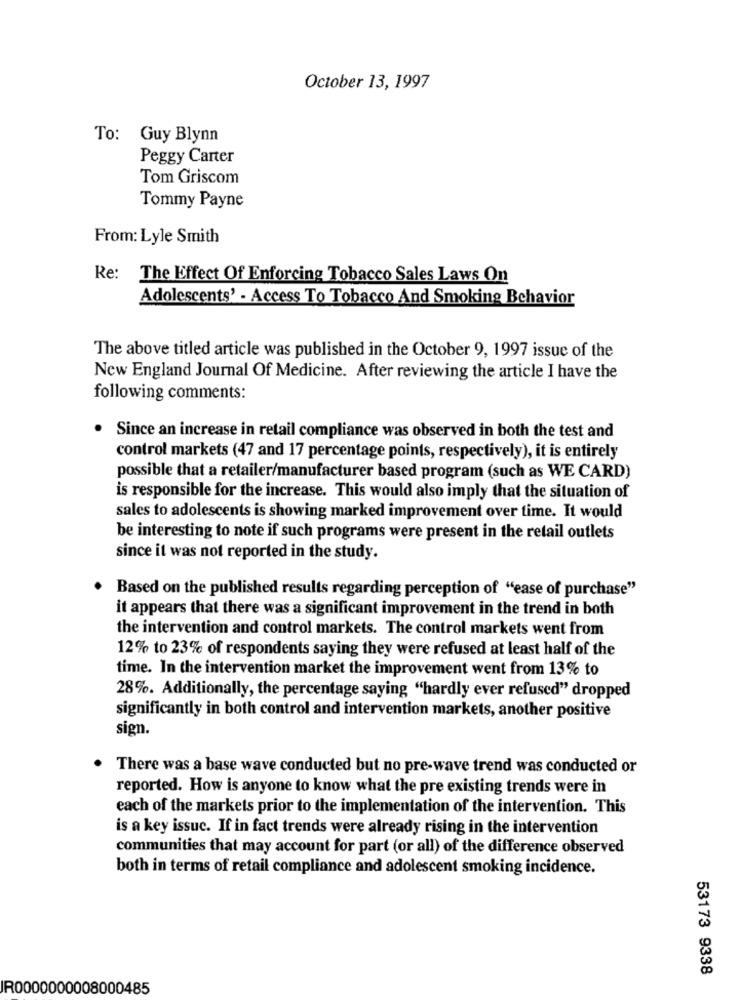
October 13, 1997
To: Guy Blynn
Peggy Carter
Tom Griscom
Tommy Payne
From: Lyle Smith
Re: The Effect Of Enforcing Tobacco Sales Laws On
Adolescents' - Access To Tobacco And Smoking Behavior
The above titled article was published in the October 9, 1997 issue of the
New England Journal Of Medicine. After reviewing the article I have the
following comments:
. Since an increase in retail compliance was observed in both the test and
control markets (47 and 17 percentage points, respectively), it is entirely
possible that a retailer/manufacturer based program (such as WE CARD)
is responsible for the increase. This would also imply that the situation of
sales to adolescents is showing marked improvement over time. It would
be interesting to note if such programs were present in the retail outlets
since it was not reported in the study.
Based on the published results regarding perception of "ease of purchase"
it appears that there was a significant improvement in the trend in both
the intervention and control markets. The control markets went from
12% to 23% of respondents saying they were refused at least half of the
time. In the intervention market the improvement went from 13% to
28%. Additionally, the percentage saying "hardly ever refused" dropped
significantly in both control and intervention markets, another positive
sign.
There was a base wave conducted but no pre-wave trend was conducted or
reported. How is anyone to know what the pre existing trends were in
each of the markets prior to the implementation of the intervention. This
is a key issuc. If in fact trends were already rising in the intervention
communities that may account for part (or all) of the difference observed
both in terms of retail compliance and adolescent smoking incidence.
53173 9338
IR0000000008000485